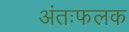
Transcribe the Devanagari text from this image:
अंतःफलक